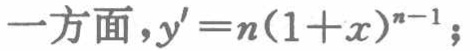
一方面，$y'=n(1 + x)^{n - 1}$；